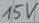
Text: 15V